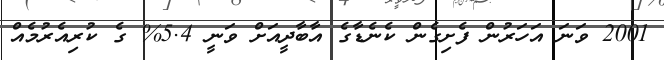
2001 ވަނަ އަހަރުން ފެށިގެން ކެނެޑާގެ އާބާދީއަށް ވަނީ 5.4% ގެ ކުރިއެރުމެއް